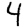
Digit: 4